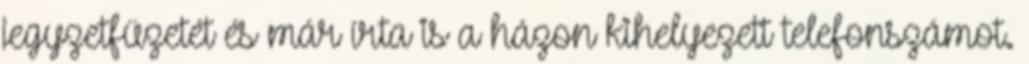
jegyzetfüzetét és már írta is a házon kihelyezett telefonszámot.